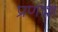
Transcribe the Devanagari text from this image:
प्रणाश